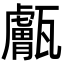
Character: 𤮣